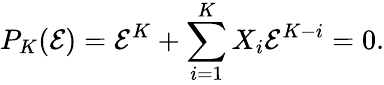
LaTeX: P_{K}(\mathcal{E})=\mathcal{E}^{K}+\sum_{i=1}^{K}X_{i}\mathcal{E}^{K-i}=0.